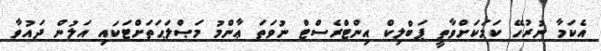
އެކަމާ ނުރުހޭ ކަމަކަށްވާތީ ޕަބްލިކް އިންޓްރެސްޓް ނުވަތަ ޢާންމު މަޞްލަޙަތަށްޓަކައި އަލުން ދައުވާ